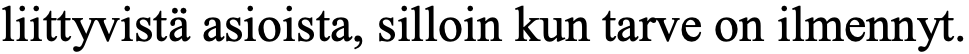
liittyvistä asioista, silloin kun tarve on ilmennyt.